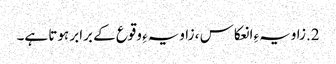
2.زاویہءِ انعکاس ، زاویہءِ وقوع کے برابر ہوتا ہے۔